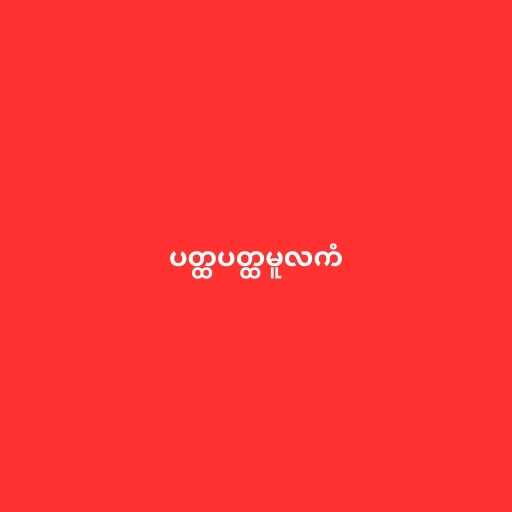
ပတ္ထပတ္ထမူလကံ